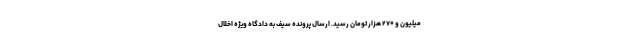
میلیون و ۲۷۰ هزار تومان رسید. ارسال پرونده سیف به دادگاه ویژه اخلال